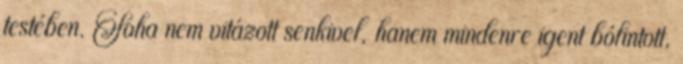
testében. Soha nem vitázott senkivel, hanem mindenre igent bólintott,